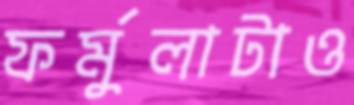
ফর্মুলাটাও